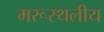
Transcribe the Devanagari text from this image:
मरूस्‍थलीय